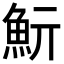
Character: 𩵧